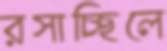
রসাচ্ছিলে